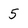
Character: 5